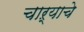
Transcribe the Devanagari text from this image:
चाऱ्याचे